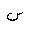
Letter: _sin